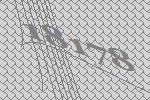
18178